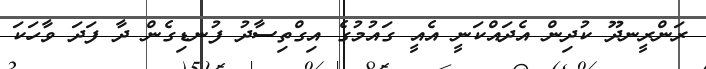
ރަންރީނދޫ ކުދިން އެދައްކަނީ އެއީ ގައުމުގެ އިގްތިސާދު ފުނޑިގެން ދާ ފަދަ ވާހަކަ